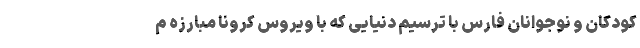
کودکان و نوجوانان فارس با ترسیم دنیایی که با ویروس کرونا مبارزه م